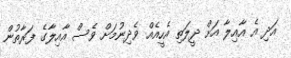
އަދި އެ އާއިލާ އަށް ދީލަތި އެހީއެއް ވެދިނުމަށް ވެސް އާއިލާގެ ފަރާތުން